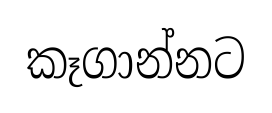
කෑගාන්නට